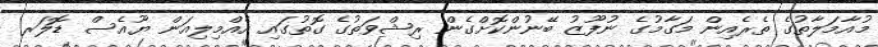
މުއާމަލާތުގެ ތެރެއިން މަގާމުގެ ނުފޫޒު ބޭނުންކޮށްގެން ރިޝްވަތުގެ ގޮތުގައި އެއްމިލިއަން ޔޫއެސް ޑޮލަރ